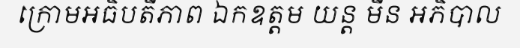
ក្រោមអធិបតីភាព ឯកឧត្តម យន្ត មីន អភិបាល